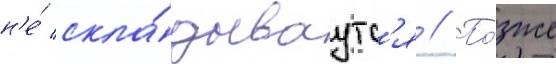
н'е́ скла́дываутс'я // По́зже